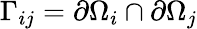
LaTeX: \Gamma_{ij}=\partial\Omega_{i}\cap\partial\Omega_{j}